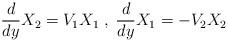
LaTeX: \begin{align*}\frac{d}{dy}X_2= V_1X_1\;,\; \frac{d}{dy}X_1=-V_2X_2\end{align*}